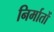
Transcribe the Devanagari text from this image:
निर्मातों